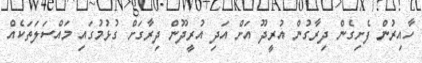
ހާއިރުން ފެށިގެން ދިރާގުން އުރީދޫ އަށް އަދި އުރީދޫން ދިރާގަށް ގުޅުމުގައި މައްސަލަތަކެއް